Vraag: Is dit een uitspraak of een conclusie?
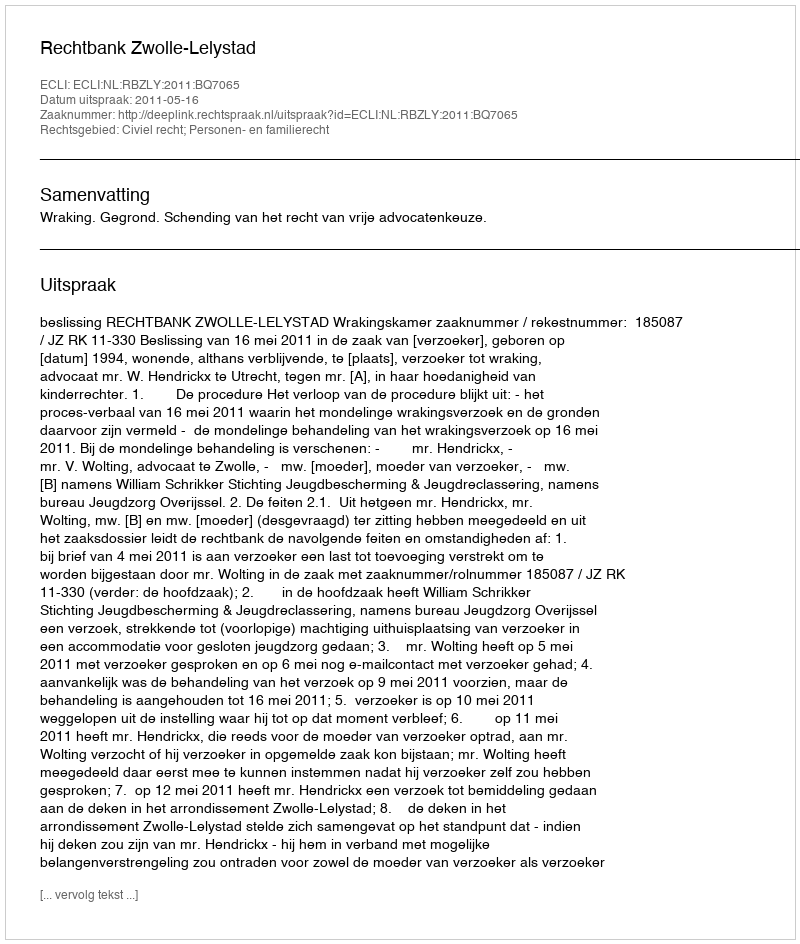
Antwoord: Uitspraak